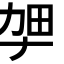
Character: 𫦫